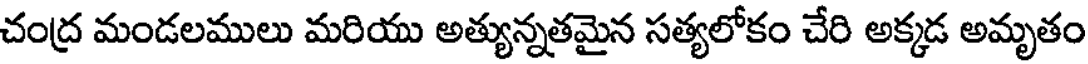
చంద్ర మండలములు మరియు అత్యున్నతమైన సత్యలోకం చేరి అక్కడ అమృతం